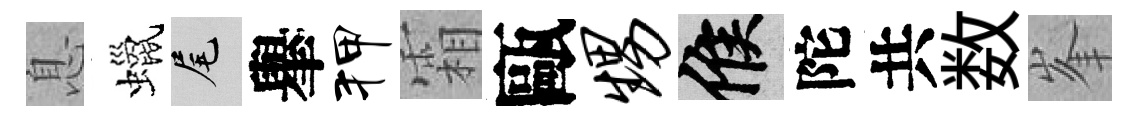
息蠟尾𦦙狎霜甌甥候陀共数峯